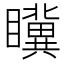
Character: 𭿮